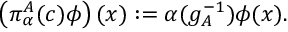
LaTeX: \left( \pi _ { \alpha } ^ { A } ( c ) \phi \right) ( x ) : = \alpha ( g _ { A } ^ { - 1 } ) \phi ( x ) .